65_HS1-834228961_62-HQ-83894_Section_8
Agency: FBI
Page 6
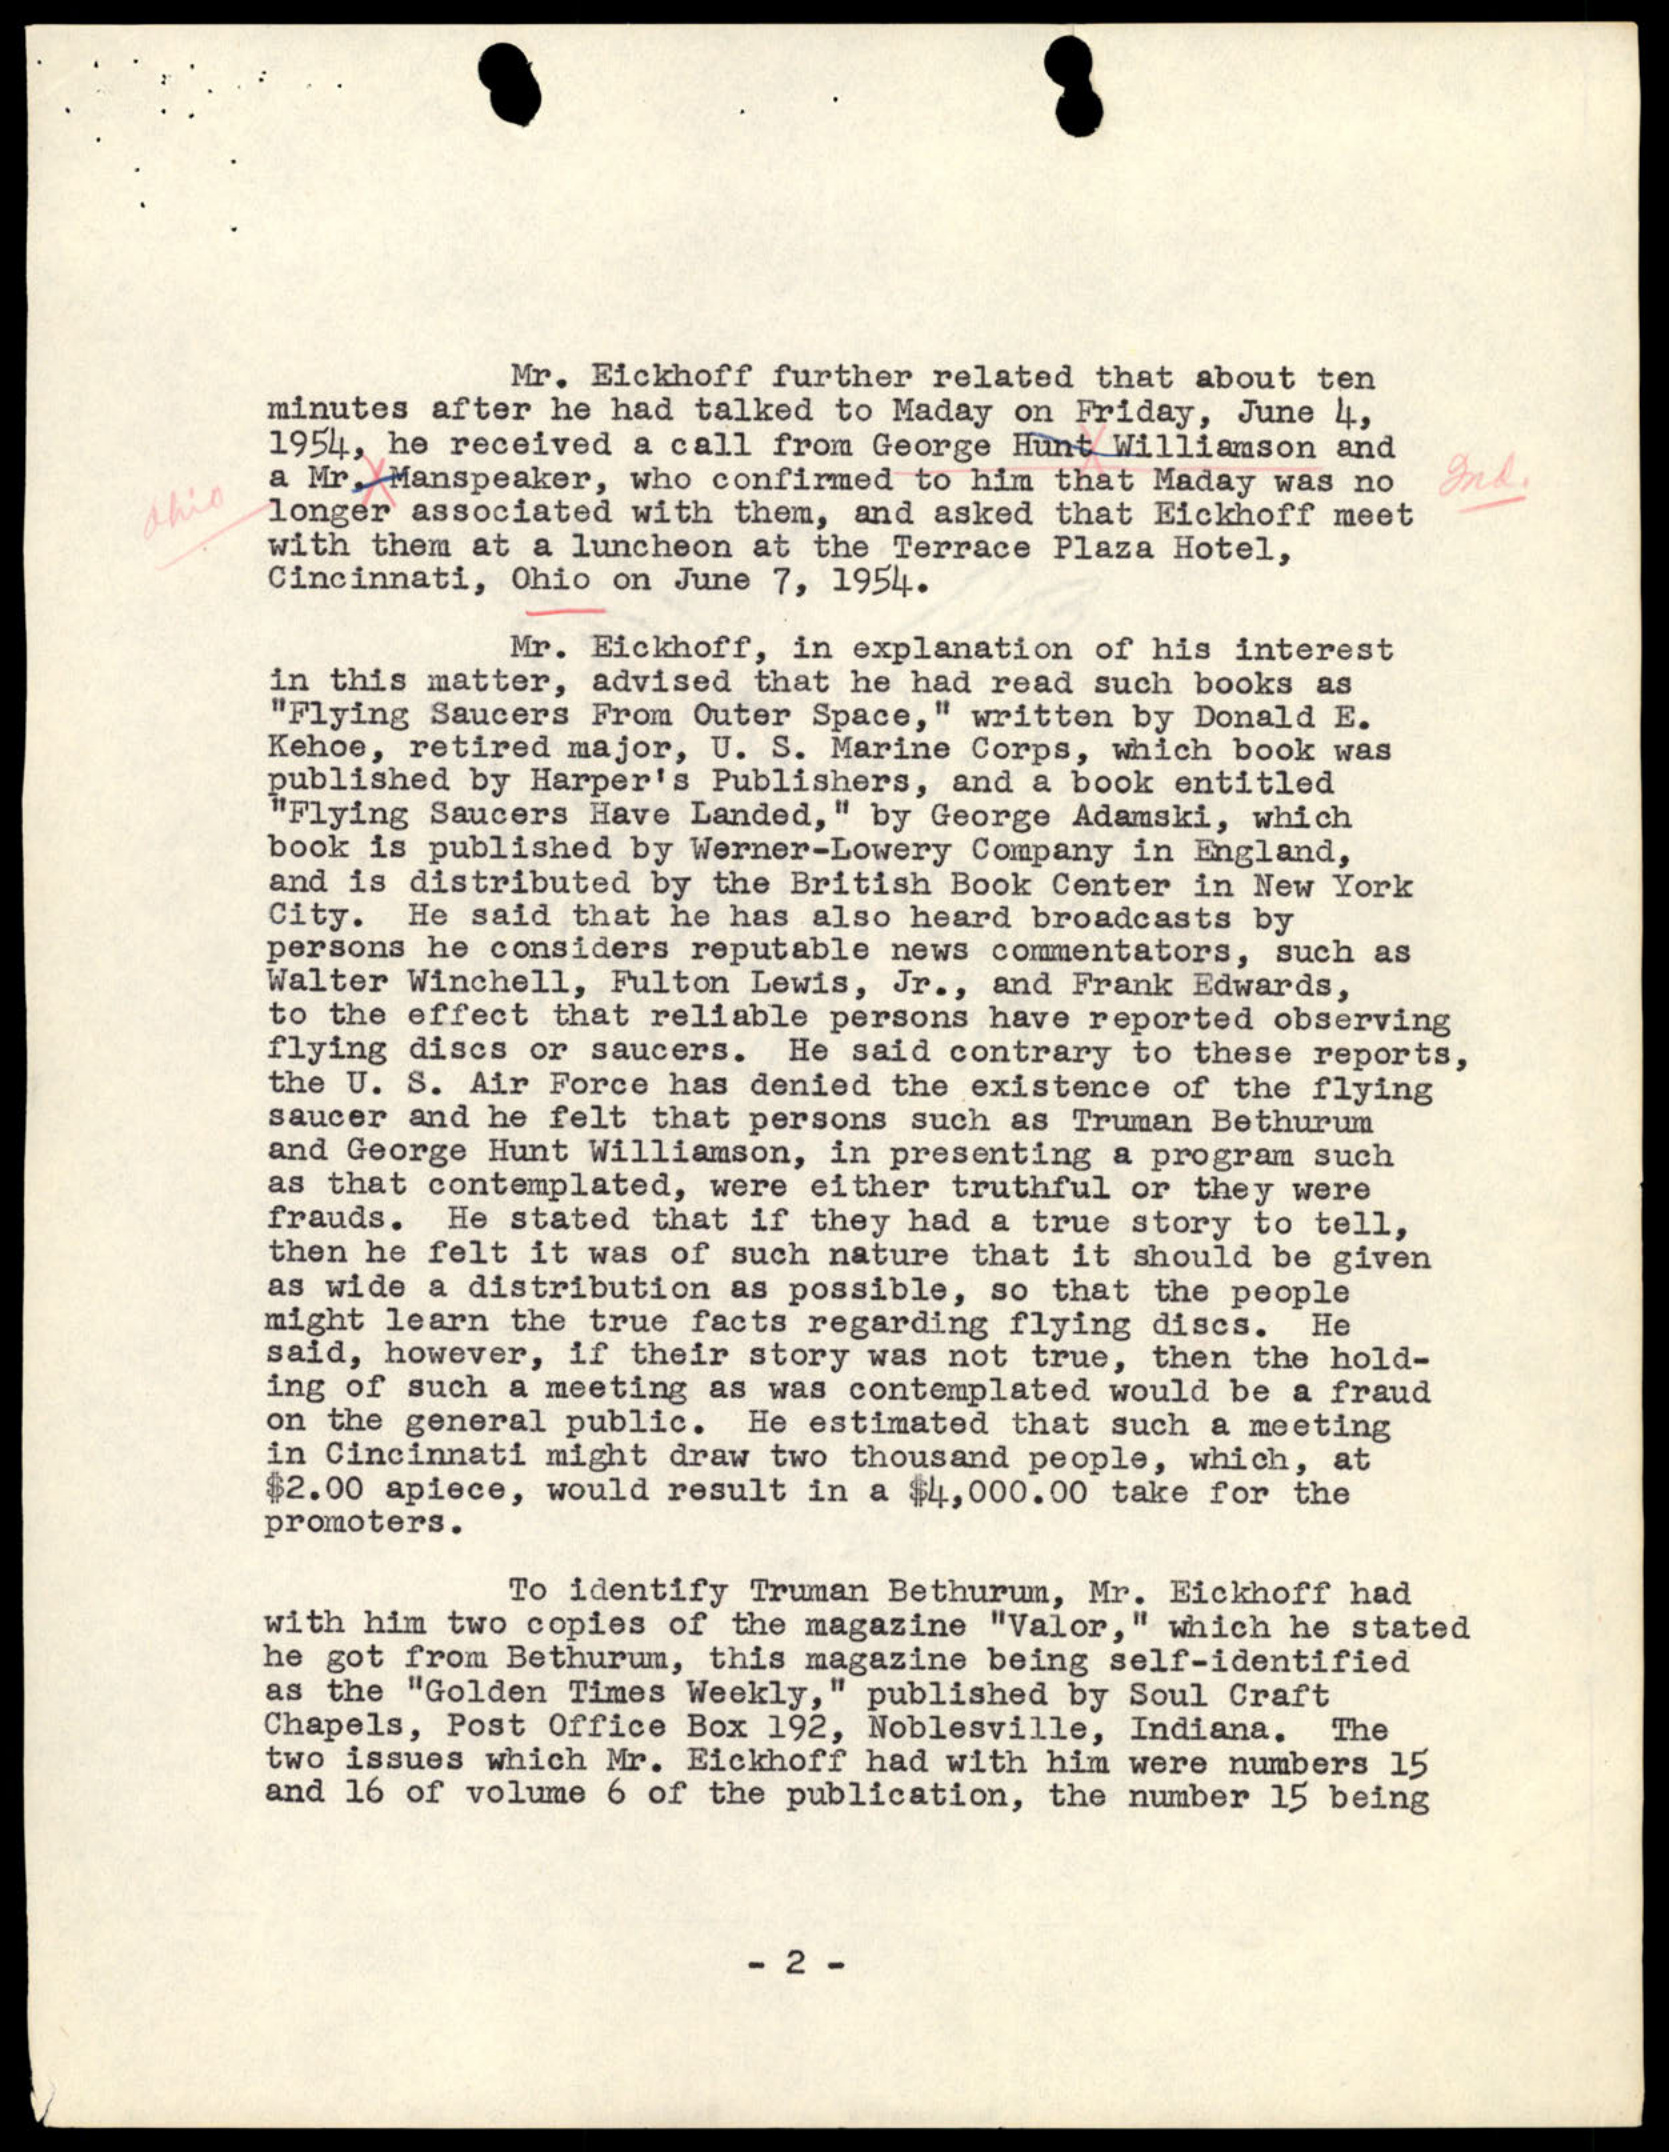